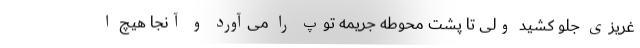
غریزی جلو کشید ولی تا پشت محوطه جریمه توپ را می‌آورد و آنجا هیچ ا